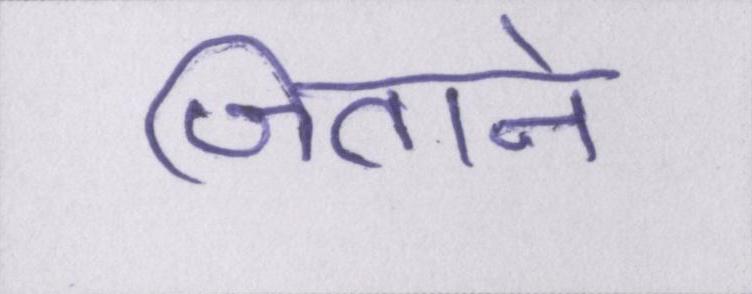
जिताने